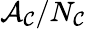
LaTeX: \mathcal{A}_{\mathcal{C}}/N_{\mathcal{C}}